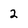
Character: 2